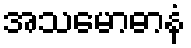
အသမောဓာနံ